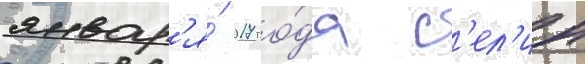
январ'я́ 2017 го́да с'ел'ин